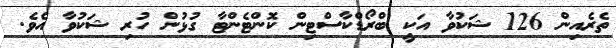
ތެރެއިން 126 ޝަކުވާ އަކީ ބްރޯޑްކާސްޓިން ކޮންޓެންޓާ ގުޅުން ހުރި ޝަކުވާ އެވެ.